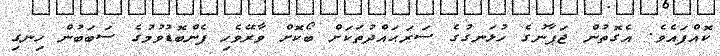
ކޮއްފައެވެ. އެގޮތުން ޖަޕާނުގެ ހުޅަނގުގެ ސަރަޙައްދުތަކަށް ބޯކޮށް ވާރޭވެހި ފެންބޮޑުވުމުގެ ސަބަބުން ހިނގި